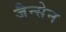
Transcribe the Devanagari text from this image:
जैन्सेन